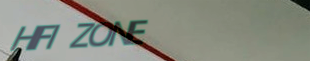
HIFI ZONE